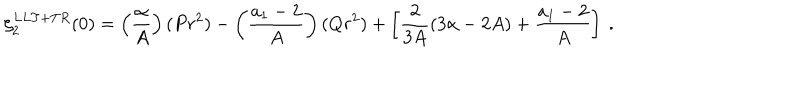
LaTeX: \zeta _ { 2 } ^ { L L T + T R } ( 0 ) = \left( \frac { \alpha } { A } \right) ( P r ^ { 2 } ) - \left( \frac { a _ { 1 } - 2 } { A } \right) ( Q r ^ { 2 } ) + \left[ \frac { 2 } { 3 A } ( 3 \alpha - 2 A ) + \frac { a _ { 1 } - 2 } { A } \right] \ .